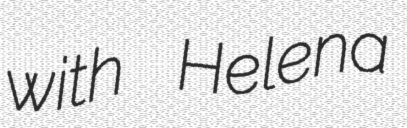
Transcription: with Helena